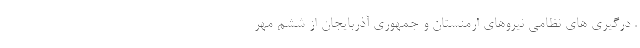
. درگیری های نظامی نیروهای ارمنستان و جمهوری آذربایجان از ششم مهر